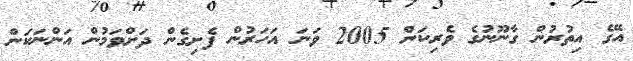
އޭގެ އިތުރުން ގާނޫނުގެ ވެރިކަން 2005 ވަނަ އަހަރުން ފެށިގެން ދަށްވަމުން އަންނަކަން